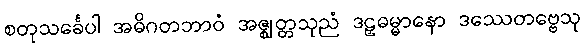
စတုသင်္ခေပါ အဓိဂတဘာဝံ အဇ္ဈတ္တသုညံ ဒဠှဓမ္မာနော ဒဿေတဗ္ဗေသု